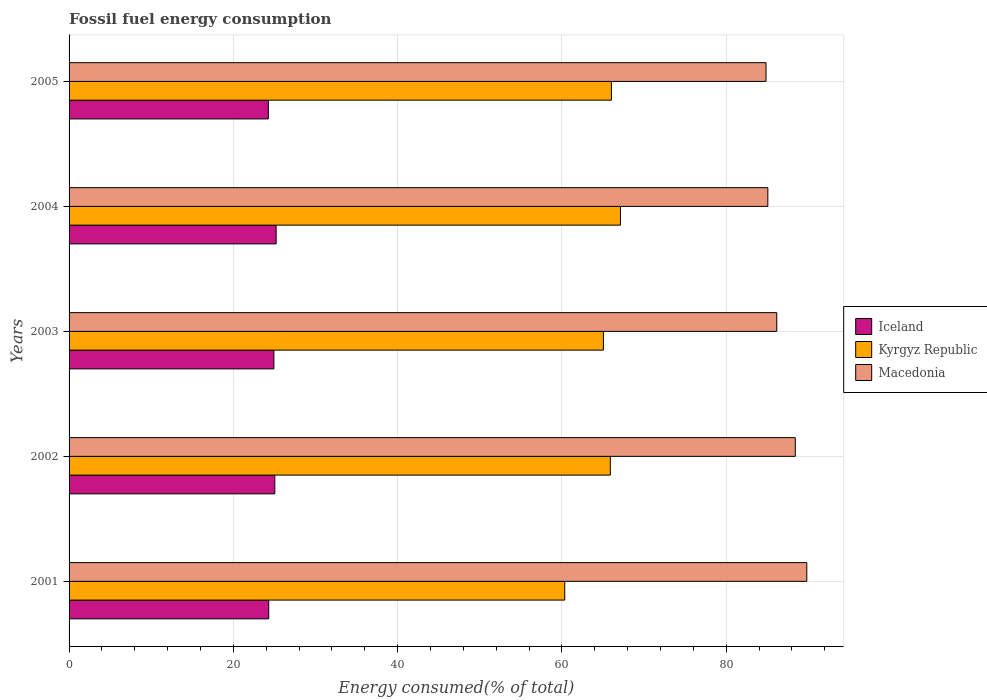
| Years | Iceland | Kyrgyz Republic | Macedonia |
 | --- | --- | --- | --- |
 | 2001 | 24.3 | 60.3 | 89.8 |
 | 2002 | 25 | 65.9 | 88.4 |
 | 2003 | 24.9 | 65 | 86.2 |
 | 2004 | 25.2 | 67.1 | 85.1 |
 | 2005 | 24.3 | 66 | 84.8 |